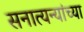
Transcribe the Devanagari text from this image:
सनात्यन्यांच्या